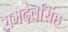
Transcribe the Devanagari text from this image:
रामदेवसिंह